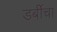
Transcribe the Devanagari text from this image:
डर्बीचा